Indian journal of veterinary science and animal husbandry - Volumes 18-21, 1948-1951
Year: 1948
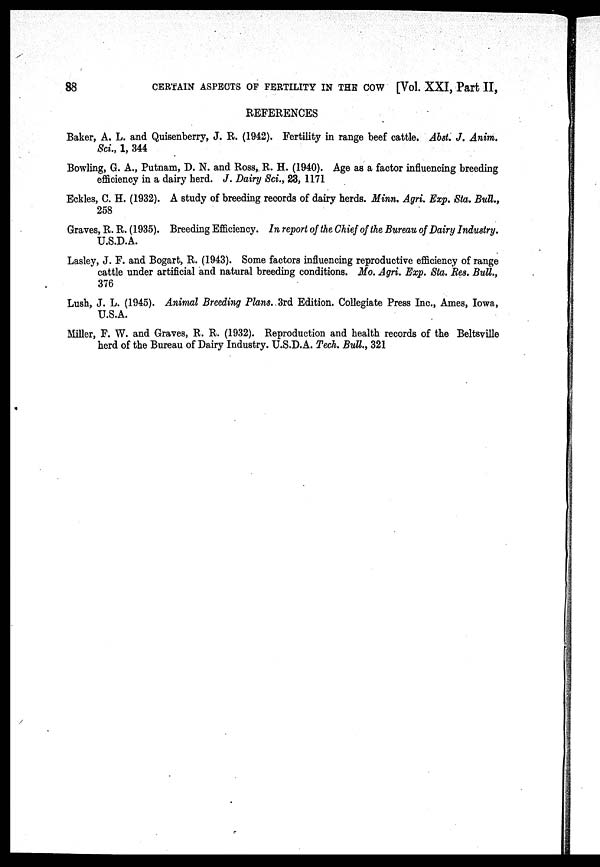
88
CERTAIN ASPECTS OF FERTILITY IN THE COW [Vol. XXI, Part II,
REFERENCES
Baker, A. L. and Quisenberry, J. R. (1942). Fertility in range beef cattle. Abst. J. Anim.
Sci., 1, 344
Bowling, G. A., Putnam, D. N. and Ross, R. H. (1940). Age as a factor influencing breeding
efficiency in a dairy herd. J. Dairy Sci., 23, 1171
Eckles, C. H. (1932). A study of breeding records of dairy herds. Minn. Agri. Exp. Sta. Bull.,
258
Graves, R. R. (1935). Breeding Efficiency. In report of the Chief of the Bureau of Dairy Industry.
U.S.D.A.
Lasley, J. F. and Bogart, R. (1943). Some factors influencing reproductive efficiency of range
cattle under artificial and natural breeding conditions. Mo. Agri. Exp. Sta. Res. Bull.,
376
Lush, J. L. (1945). Animal Breeding Plans. 3rd Edition. Collegiate Press Inc., Ames, Iowa,
U.S.A.
Miller, F. W. and Graves, R. R. (1932). Reproduction and health records of the Beltsville
herd of the Bureau of Dairy Industry. U.S.D.A. Tech. Bull., 321